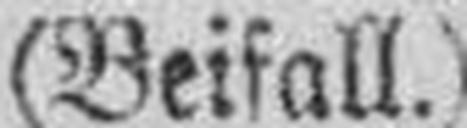
(Beifall.)